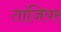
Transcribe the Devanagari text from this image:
तांजियर